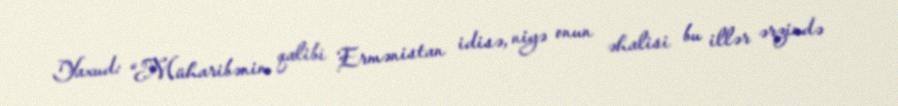
Yaxud: “Müharibənin qalibi Ermənistan idisə, niyə onun əhalisi bu illər ərzində